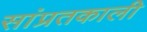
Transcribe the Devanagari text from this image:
सांप्रतकाली